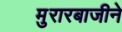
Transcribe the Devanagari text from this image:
मुरारबाजीने